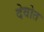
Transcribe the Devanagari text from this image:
देवोत